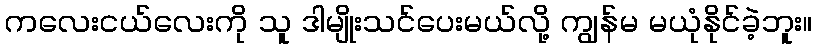
ကလေးငယ်လေးကို သူ ဒါမျိုးသင်ပေးမယ်လို့ ကျွန်မ မယုံနိုင်ခဲ့ဘူး။